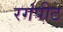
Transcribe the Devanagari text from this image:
रगंपीठ